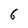
Character: 6